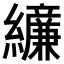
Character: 𫄔